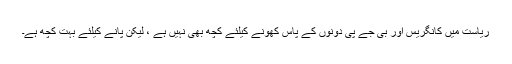
ریاست میں کانگریس اور بی جے پی دونوں کے پاس کھونے کیلئے کچھ بھی نہیں ہے ، لیکن پانے کیلئے بہت کچھ ہے۔